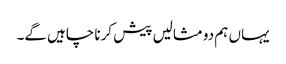
یہاں ہم دو مثالیں پیش کرنا چاہیں گے۔